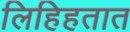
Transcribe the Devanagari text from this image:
लिहिहतात